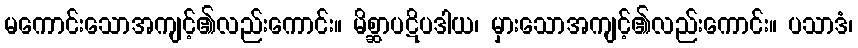
မကောင်းသောအကျင့်၏လည်းကောင်း။ မိစ္ဆာပဋိပဒါယ၊ မှားသောအကျင့်၏လည်းကောင်း။ ပသာဒံ၊